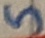
Text: 5